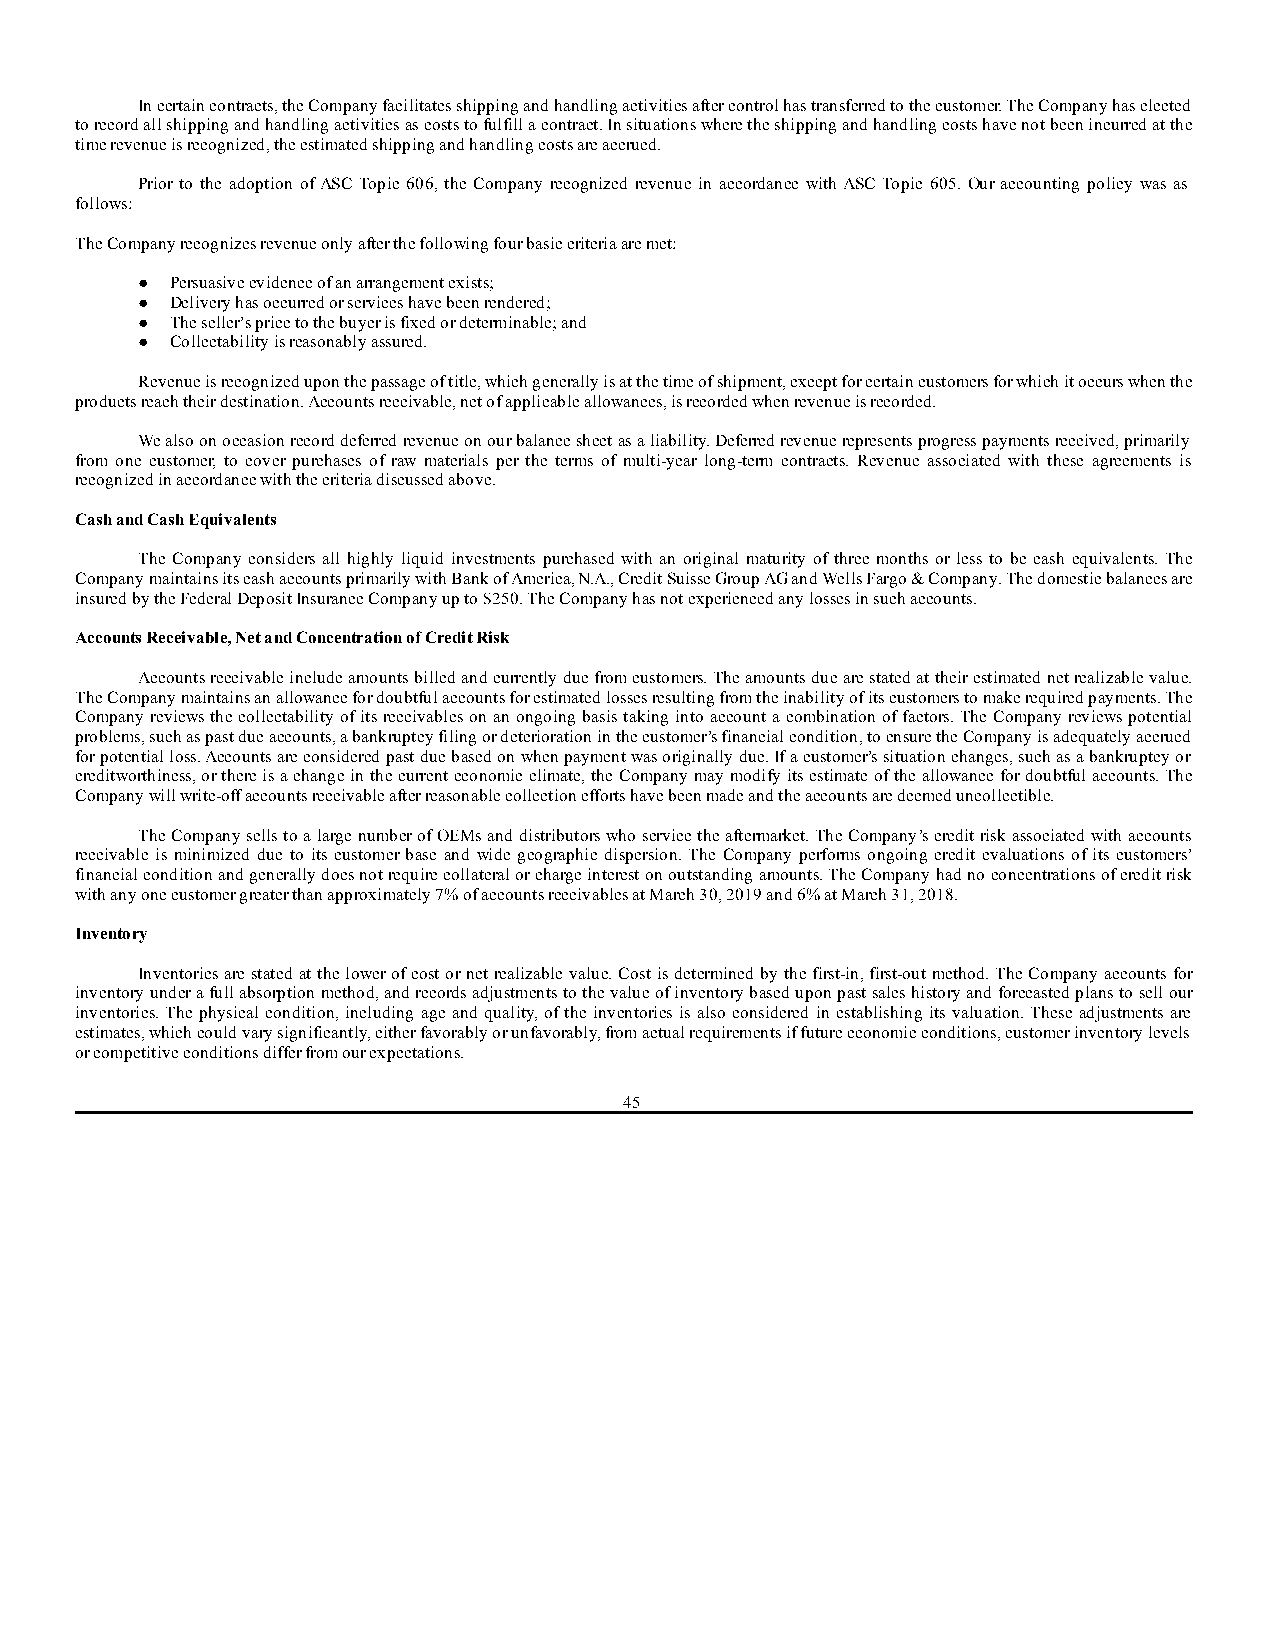
In certain contracts, the Company facilitates shipping and handling activities after control has transferred to the customer. The Company has elected
 to record all shipping and handling activities as costs to fulfill a contract. In situations where the shipping and handling costs have not been incurred at the
 time revenue is recognized, the estimated shipping and handling costs are accrued.
 Prior to the adoption of ASC Topic 606, the Company recognized revenue in accordance with ASC Topic 605. Our accounting policy was as
 follows:
 The Company recognizes revenue only after the following four basic criteria are met:
 ● Persuasive evidence of an arrangement exists;
 ● Delivery has occurred or services have been rendered;
 ● The seller’s price to the buyer is fixed or determinable; and
 ● Collectability is reasonably assured.
 Revenue is recognized upon the passage of title, which generally is at the time of shipment, except for certain customers for which it occurs when the
 products reach their destination. Accounts receivable, net of applicable allowances, is recorded when revenue is recorded.
 We also on occasion record deferred revenue on our balance sheet as a liability. Deferred revenue represents progress payments received, primarily
 from one customer, to cover purchases of raw materials per the terms of multi-year long-term contracts. Revenue associated with these agreements is
 recognized in accordance with the criteria discussed above.
 Cash and Cash Equivalents
 The Company considers all highly liquid investments purchased with an original maturity of three months or less to be cash equivalents. The
 Company maintains its cash accounts primarily with Bank of America, N.A., Credit Suisse Group AG and Wells Fargo & Company. The domestic balances are
 insured by the Federal Deposit Insurance Company up to $250. The Company has not experienced any losses in such accounts.
 Accounts Receivable, Net and Concentration of Credit Risk
 Accounts receivable include amounts billed and currently due from customers. The amounts due are stated at their estimated net realizable value.
 The Company maintains an allowance for doubtful accounts for estimated losses resulting from the inability of its customers to make required payments. The
 Company reviews the collectability of its receivables on an ongoing basis taking into account a combination of factors. The Company reviews potential
 problems, such as past due accounts, a bankruptcy filing or deterioration in the customer’s financial condition, to ensure the Company is adequately accrued
 for potential loss. Accounts are considered past due based on when payment was originally due. If a customer’s situation changes, such as a bankruptcy or
 creditworthiness, or there is a change in the current economic climate, the Company may modify its estimate of the allowance for doubtful accounts. The
 Company will write-off accounts receivable after reasonable collection efforts have been made and the accounts are deemed uncollectible.
 The Company sells to a large number of OEMs and distributors who service the aftermarket. The Company’s credit risk associated with accounts
 receivable is minimized due to its customer base and wide geographic dispersion. The Company performs ongoing credit evaluations of its customers’
 financial condition and generally does not require collateral or charge interest on outstanding amounts. The Company had no concentrations of credit risk
 with any one customer greater than approximately 7% of accounts receivables at March 30, 2019 and 6% at March 31, 2018.
 Inventory
 Inventories are stated at the lower of cost or net realizable value. Cost is determined by the first-in, first-out method. The Company accounts for
 inventory under a full absorption method, and records adjustments to the value of inventory based upon past sales history and forecasted plans to sell our
 inventories. The physical condition, including age and quality, of the inventories is also considered in establishing its valuation. These adjustments are
 estimates, which could vary significantly, either favorably or unfavorably, from actual requirements if future economic conditions, customer inventory levels
 or competitive conditions differ from our expectations.
 45